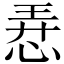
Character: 𢚸